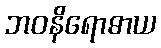
ဘဝနိရောဓာယ